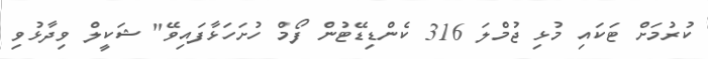
ކުރުމަށް ޓަކައި މުޅި ޖުމްލަ 316 ކެންޑިޑޭޓުން ފޯމް ހުށަހަޅާފައިވޭ" ޝަކީލް ވިދާޅުވި